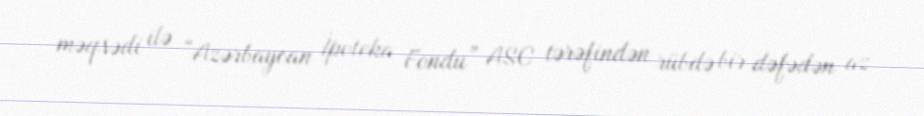
məqsədi ilə “Azərbaycan İpoteka Fondu” ASC tərəfindən rübdə bir dəfədən az